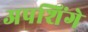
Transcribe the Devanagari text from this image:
अपशिंगे